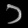
Digit: ၁